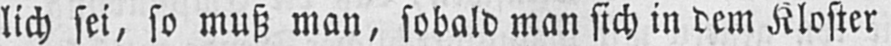
lich sei, so muß man, sobald man sich in dem Kloster